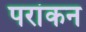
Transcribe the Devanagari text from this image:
परांकन